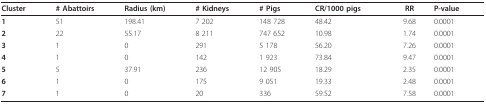
<table><thead><tr><td><b>Cluster</b></td><td><b># Abattoirs</b></td><td><b>Radius (km)</b></td><td><b># Kidneys</b></td><td><b># Pigs</b></td><td><b>CR/1000 pigs</b></td><td><b>RR</b></td><td><b>P-value</b></td></tr></thead><tbody><tr><td><b>1</b></td><td>51</td><td>198.41</td><td>7 202</td><td>148 728</td><td>48.42</td><td>9.68</td><td>0.0001</td></tr><tr><td><b>2</b></td><td>22</td><td>55.17</td><td>8 211</td><td>747 652</td><td>10.98</td><td>1.74</td><td>0.0001</td></tr><tr><td><b>3</b></td><td>1</td><td>0</td><td>291</td><td>5 178</td><td>56.20</td><td>7.26</td><td>0.0001</td></tr><tr><td><b>4</b></td><td>1</td><td>0</td><td>142</td><td>1 923</td><td>73.84</td><td>9.47</td><td>0.0001</td></tr><tr><td><b>5</b></td><td>5</td><td>37.91</td><td>236</td><td>12 905</td><td>18.29</td><td>2.35</td><td>0.0001</td></tr><tr><td><b>6</b></td><td>1</td><td>0</td><td>175</td><td>9 051</td><td>19.33</td><td>2.48</td><td>0.0001</td></tr><tr><td><b>7</b></td><td>1</td><td>0</td><td>20</td><td>336</td><td>59.52</td><td>7.58</td><td>0.0001</td></tr></tbody></table>